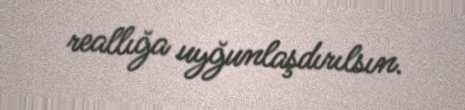
reallığa uyğunlaşdırılsın.